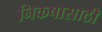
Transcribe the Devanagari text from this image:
निकषासाठी